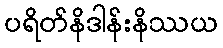
ပရိတ်နိဒါန်းနိဿယ